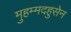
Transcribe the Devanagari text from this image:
मुहम्मदहुसेन